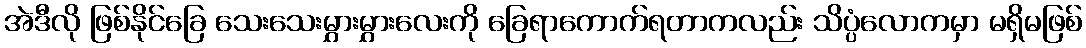
အဲဒီလို ဖြစ်နိုင်ခြေ သေးသေးမွှားမွှားလေးကို ခြေရာကောက်ရတာကလည်း သိပ္ပံလောကမှာ မရှိမဖြစ်